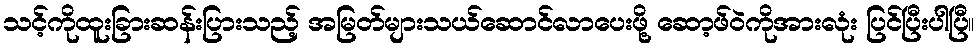
သင့်ကိုထူးခြားဆန်းပြားသည့် အမြတ်များသယ်ဆောင်လာပေးဖို့ ဆော့ဖ်ဝဲကိုအားလုံး ပြင်ပြီးပါပြီ။